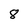
Character: 8